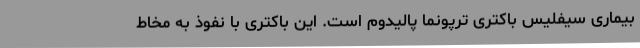
بیماری سیفلیس باکتری ترپونما پالیدوم است. این باکتری با نفوذ به مخاط